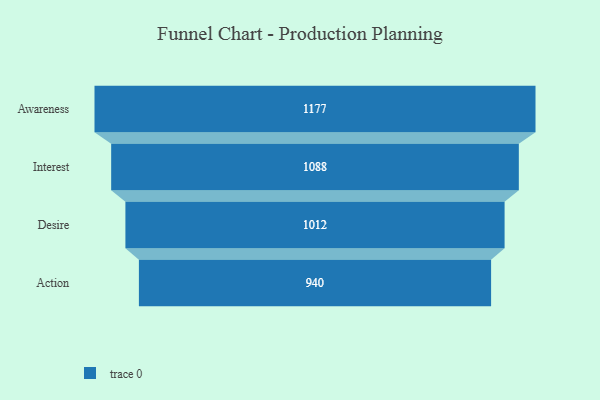
{"axis": {"x": "Stage", "y": "Value"}, "legend": [""], "data": [{"x": "Awareness", "y": 1177.0, "type": ""}, {"x": "Interest", "y": 1088.0, "type": ""}, {"x": "Desire", "y": 1012.0, "type": ""}, {"x": "Action", "y": 940.0, "type": ""}]}